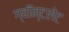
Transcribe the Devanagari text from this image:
ग्वॉन्टलेट